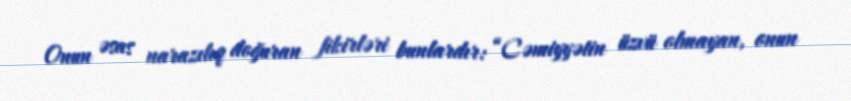
Onun əsas narazılıq doğuran fikirləri bunlardır: “Cəmiyyətin üzvü olmayan, onun